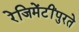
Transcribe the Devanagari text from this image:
रेजिमेंटींपुरते